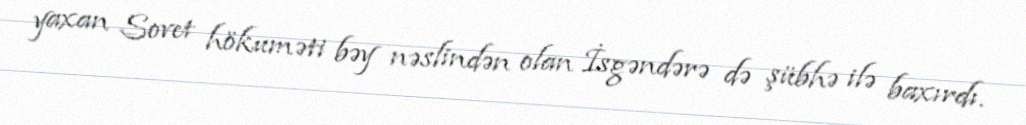
yaxan Sovet hökuməti bəy nəslindən olan İsgəndərə də şübhə ilə baxırdı.